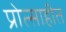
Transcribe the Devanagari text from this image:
प्रोत्साहीत